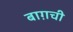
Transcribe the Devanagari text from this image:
बाग़ची